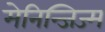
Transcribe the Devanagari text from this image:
मेनिन्जिज्म